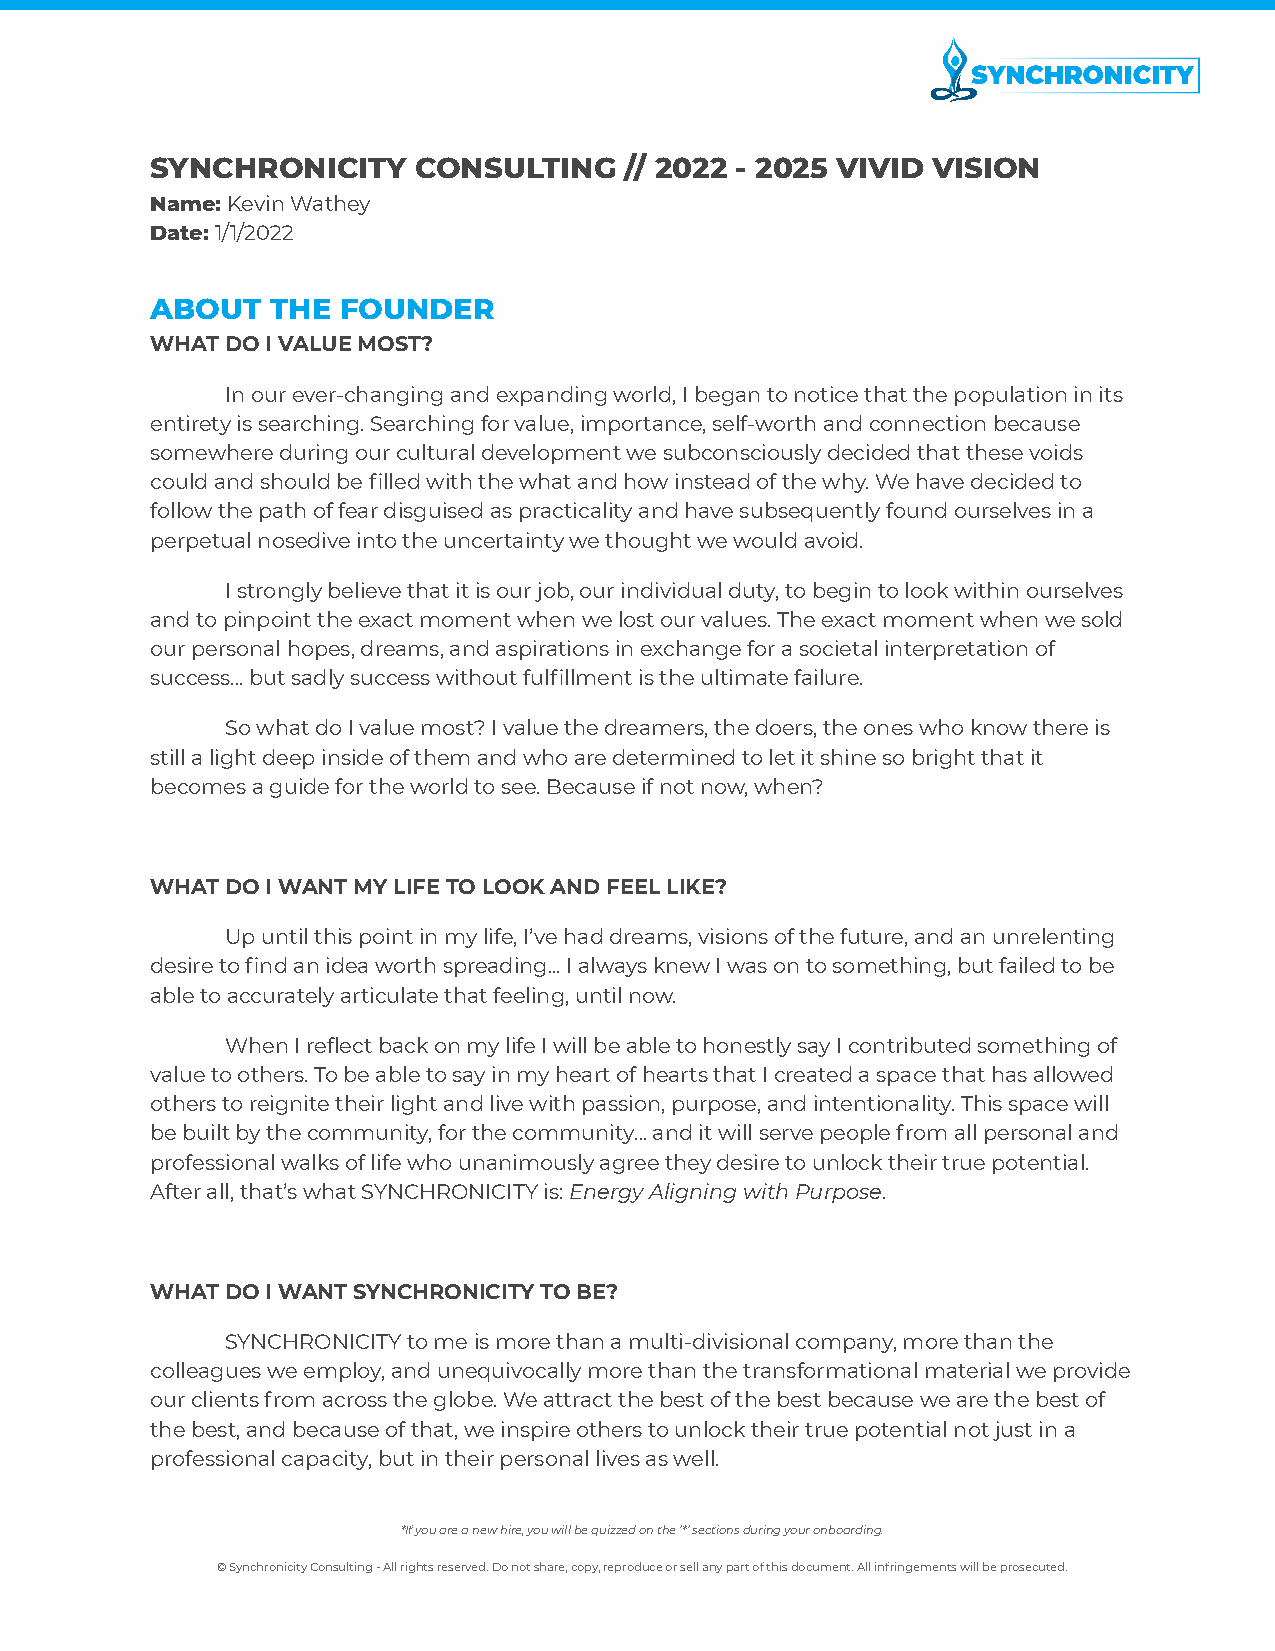
SYNCHRONICITY    CONSULTING    // 2022 - 2025 VIVID VISION
 Name:Kevin Wathey
 Date:1/1/2022
 ABOUT   THE FOUNDER
 WHAT DO I VALUE MOST?
 In our ever-changing and expanding world, I began to notice that the population in its
 entirety is searching. Searching for value, importance, self-worth and connection because
 somewhere during our cultural development we subconsciously decided that these voids
 could and should be filled with the what and how instead of the why. We have decided to
 follow the path of fear disguised as practicality and have subsequently found ourselves in a
 perpetual nosedive into the uncertainty we thought we would avoid.
 I strongly believe that it is our job, our individual duty, to begin to look within ourselves
 and to pinpoint the exact moment when we lost our values. The exact moment when we sold
 our personal hopes, dreams, and aspirations in exchange for a societal interpretation of
 success... but sadly success without fulfillment is the ultimate failure.
 So what do I value most? I value the dreamers, the doers, the ones who know there is
 still a light deep inside of them and who are determined to let it shine so bright that it
 becomes a guide for the world to see. Because if not now, when?
 WHAT DO I WANT MY LIFE TO LOOK AND FEEL LIKE?
 Up until this point in my life, I’ve had dreams, visions of the future, and an unrelenting
 desire to find an idea worth spreading... I always knew I was on to something, but failed to be
 able to accurately articulate that feeling, until now.
 When I reflect back on my life I will be able to honestly say I contributed something of
 value to others. To be able to say in my heart of hearts that I created a space that has allowed
 others to reignite their light and live with passion, purpose, and intentionality. This space will
 be built by the community, for the community… and it will serve people from all personal and
 professional walks of life who unanimously agree they desire to unlock their true potential.
 After all, that’s what SYNCHRONICITY is:Energy Aligningwith Purpose.
 WHAT DO I WANT SYNCHRONICITY TO BE?
 SYNCHRONICITY to me is more than a multi-divisionalcompany, more than the
 colleagues we employ, and unequivocally more than the transformational material we provide
 our clients from across the globe. We attract the best of the best because we are the best of
 the best, and because of that, we inspire others to unlock their true potential not just in a
 professional capacity, but in their personal lives as well.
 *If you are a new hire, you will be quizzed on the ‘*’ sections during your onboarding.
 © Synchronicity Consulting - All rights reserved. Do not share, copy, reproduce or sell any part of this document. All infringements will be prosecuted.